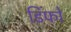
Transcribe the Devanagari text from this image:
डिंफो